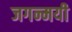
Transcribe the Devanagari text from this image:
जगन्मयी